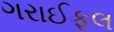
ગરાઈફલ